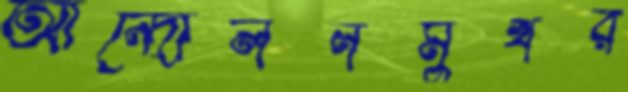
আন্দোলনমুখর